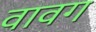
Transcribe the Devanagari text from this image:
वावग